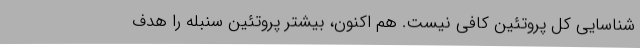
شناسایی کل پروتئین کافی نیست. هم اکنون، بیشتر پروتئین سنبله را هدف